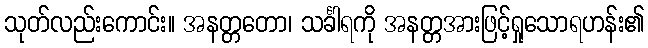
သုတ်လည်းကောင်း။ အနတ္တတော၊ သင်္ခါရကို အနတ္တအားဖြင့်ရှုသောရဟန်း၏